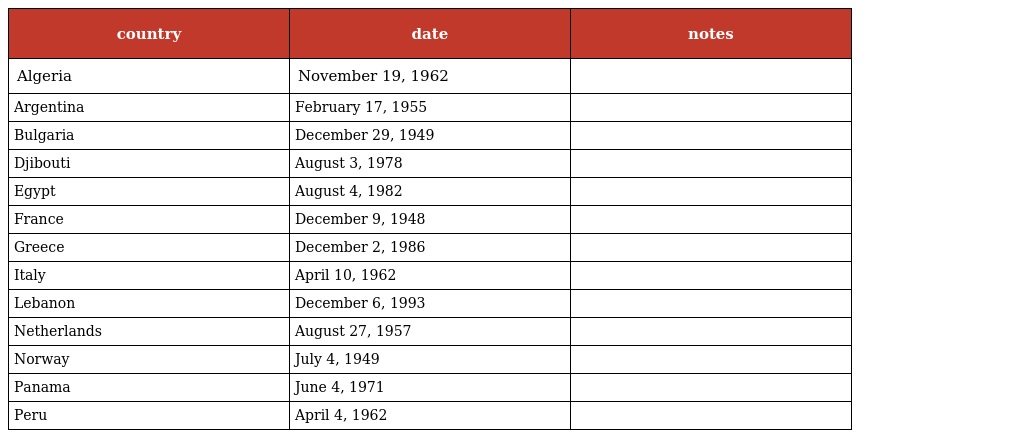
| country | date | notes |
 | --- | --- | --- |
 | Algeria | November 19, 1962 |  |
 | Argentina | February 17, 1955 |  |
 | Bulgaria | December 29, 1949 |  |
 | Djibouti | August 3, 1978 |  |
 | Egypt | August 4, 1982 |  |
 | France | December 9, 1948 |  |
 | Greece | December 2, 1986 |  |
 | Italy | April 10, 1962 |  |
 | Lebanon | December 6, 1993 |  |
 | Netherlands | August 27, 1957 |  |
 | Norway | July 4, 1949 |  |
 | Panama | June 4, 1971 |  |
 | Peru | April 4, 1962 |  |